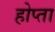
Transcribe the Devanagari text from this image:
होप्ता